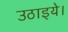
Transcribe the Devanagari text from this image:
उठाइये।